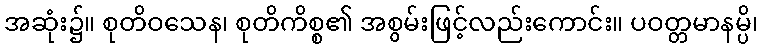
အဆုံး၌။ စုတိဝသေန၊ စုတိကိစ္စ၏ အစွမ်းဖြင့်လည်းကောင်း။ ပဝတ္တမာနမ္ပိ၊